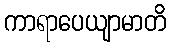
ကာရာပေယျာမာတိ